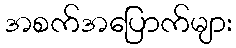
အစက်အပြောက်များ